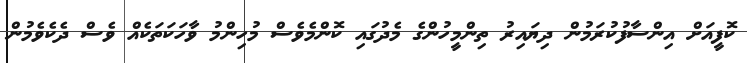
ކޮފީއަށް އިންސާފުކުރަމުން ދިޔައިރު ތިންމީހުންގެ މެދުގައި ކޮންމެވެސް މުހިންމު ވާހަކަތަކެއް ވެސް ދެކެވެމުން